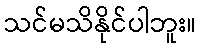
သင်မသိနိုင်ပါဘူး။